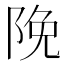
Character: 𮥊